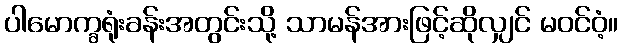
ပါမောက္ခရုံးခန်းအတွင်းသို့ သာမန်အားဖြင့်ဆိုလျှင် မဝင်ဝံ့။